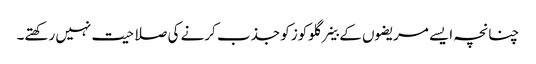
چنانچہ ایسے مریضوں کے خلیے گلوکوز کو جذب کرنے کی صلاحیت نہیں رکھتے۔